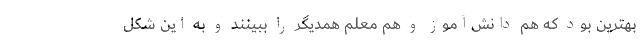
بهترین بود که هم دانش‌آموز و هم معلم همدیگر را ببینند و به این شکل